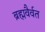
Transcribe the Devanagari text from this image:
ब्रह्मवैर्वत